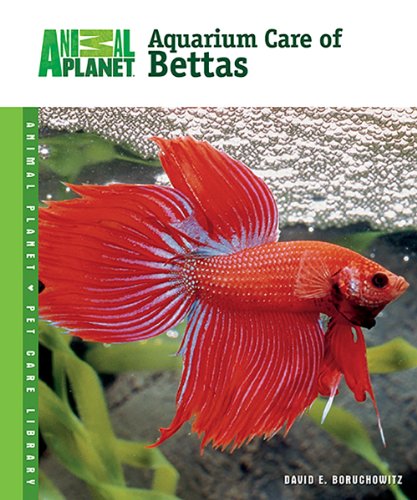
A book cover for Aquarium Care of Bettas (Animal PlanetÂ® Pet Care Library); David E. Boruchowitz; Crafts, Hobbies & Home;